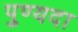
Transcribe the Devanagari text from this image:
पुण्यदा